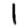
Digit: 1